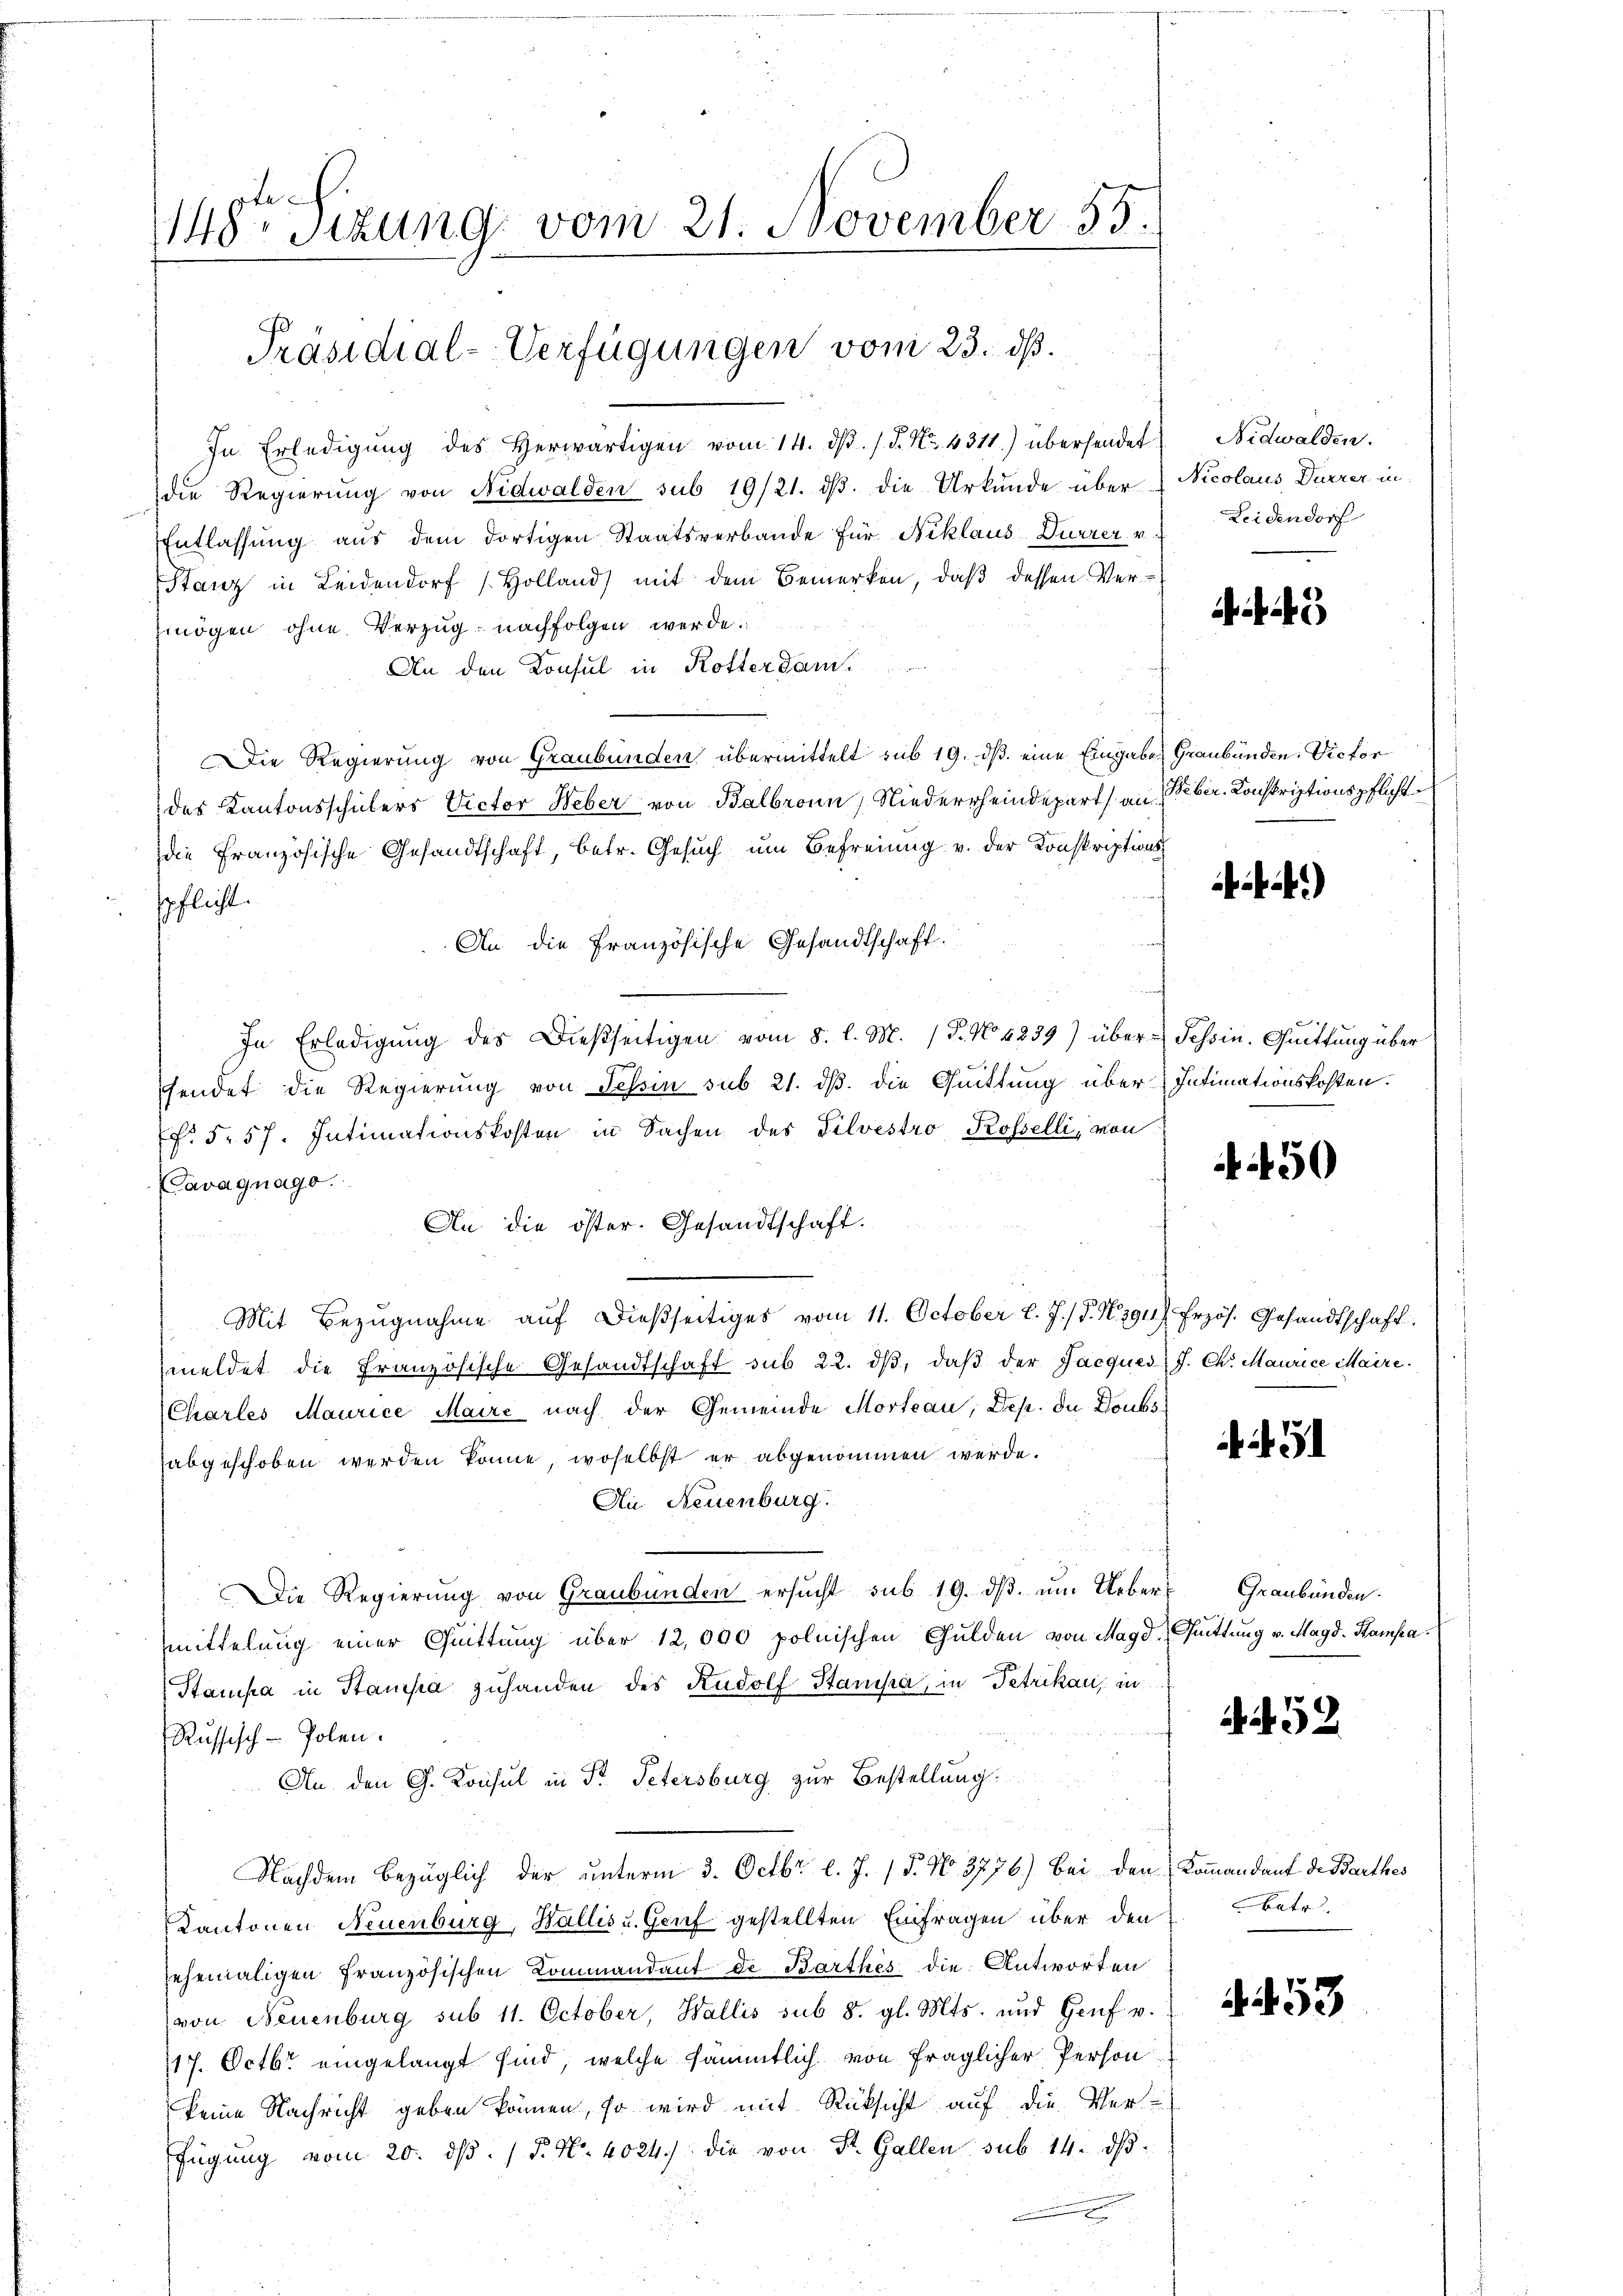
148ten Sizung vom 21. November 55.

Präsidial-Verfügungen vom 23. ds.

In Erledigŭng des Herwärtigen vom 14. dβ. / P. Nr. 4311) übersendet
die Regierung von Nidwalden sub 19/21. dβ. die Urkunde über Nicolaus Dürzer in
Entlassung aus dem dortigen Staatsverbande für Niklaus-Dürrer v
Stanz in Leidendorf Holland) mit dem Bemerken, daß dessen Ver-
mögen ohne Verzug nachfolgen werde.
An den Konsul in Rotterdan¬
Die Regierung von Graubünden übermittelt sub 19. ds. eine Eingaben Graubünden. Victor
des Kantonsschülers Victor Weber von Balbronn, Niederrheindepart an Weber. Konskriptionspflicht
die Französische Gesandtschaft, betr. Gesuch um Befreiung v. der Konskriptionsspflicht.
An die Französische Gesandtschaft.
In Erledigŭng des Dießseitigen vom 8. l. M. (T. No. 4239) über Schön. Quittung über
Fendet die Regierung von Tessin sub 21. dß. die Quittung über Intimationskosten.
. 5. 57. Intimationskosten in Sachen des Silvestro Rosselli, von
Cavagnago.
An die öster. Gesandtschaft.
Mit Bezugnahme auf dießseitiges vom 11. October l. J. (T. Negus Erzös. Gesandtschaft
meldet die Französische Gesandtschaft sub 22. dβ, daß der Jacques: J. Ch. Maurice Maire.
Charles Maurice Maire nach der Gemeinde Morteau, Dep. da Doubs
abgeschoben werden könne, woselbst er abgenommen werde.
Ai Neuenburg.
Die Regierung von Graubünden ersŭcht sub 19. dβ ŭm Ueber- Graubünden
mittelung einer Quittung über 12,000 polnischen Gulden von Magd. Quittung v. Magd. Hampa
Stampa in Stampa zuhanden des Rudolf Stanisa, in Petrikan, in
Russisch-Polen.
An den G. Konsul in Fr. Petersburg zur Bestellung:
Nachdem bezüglich der ŭnterm 3. Octbr. l. J. / 5. No. 3776.) Bei den Kommandant de Barthes
Kantonen Neuenburg, Wallis u. Genf gestellten Einfragen über den
sehemaligen französischen Commandant de Barthes die Antworten
von Neuenburg sub 11. October, Wallis sub 8. gl. Mts. und Genf u.
117. Octbr. eingelangt sind, welche sämmtlich von fraglicher Person
keine Nachricht geben können, so wird mit Rüksicht auf die Verfügŭng vom 20. dβ. / P. Nr. 4024) die von St. Gallen sub 14. ds.
.

Nidwalden.
Leidendorf

.

45

)

d

50

452

batr.

453